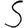
Digit: 5